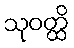
သုဝတ္ထိ